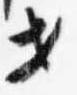
セ